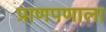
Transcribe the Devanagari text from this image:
प्राणपणाला